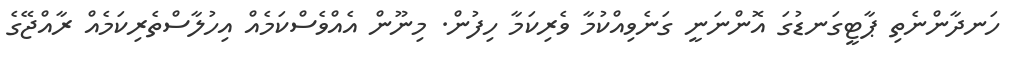
ހަނދާންނެތި ޕާޓީގަނޑުގަ އޮންނަނީ ގަނެވިއްކުމާ ވެރިކަމާ ހިފުން. މިނޫން އެއްވެސްކަމެއް އިހުލާސްތެރިކަމެއް ރާއްޖޭގެ